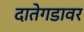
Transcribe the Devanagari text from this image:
दातेगडावर